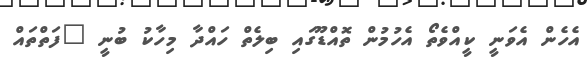
އެހެން އެވަނީ ކީއްވެތޯ އެހުމުން ތޮއްޑޫގައި ބިލެތް ހައްދާ މިހާކު ބުނީ "ފަތްތައް